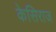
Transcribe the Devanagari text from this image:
केसिराज